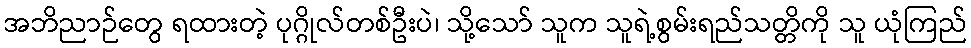
အဘိညာဉ်တွေ ရထားတဲ့ ပုဂ္ဂိုလ်တစ်ဦးပဲ၊ သို့သော် သူက သူရဲ့စွမ်းရည်သတ္တိကို သူ ယုံကြည်